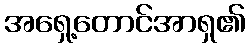
အရှေ့တောင်အာရှ၏